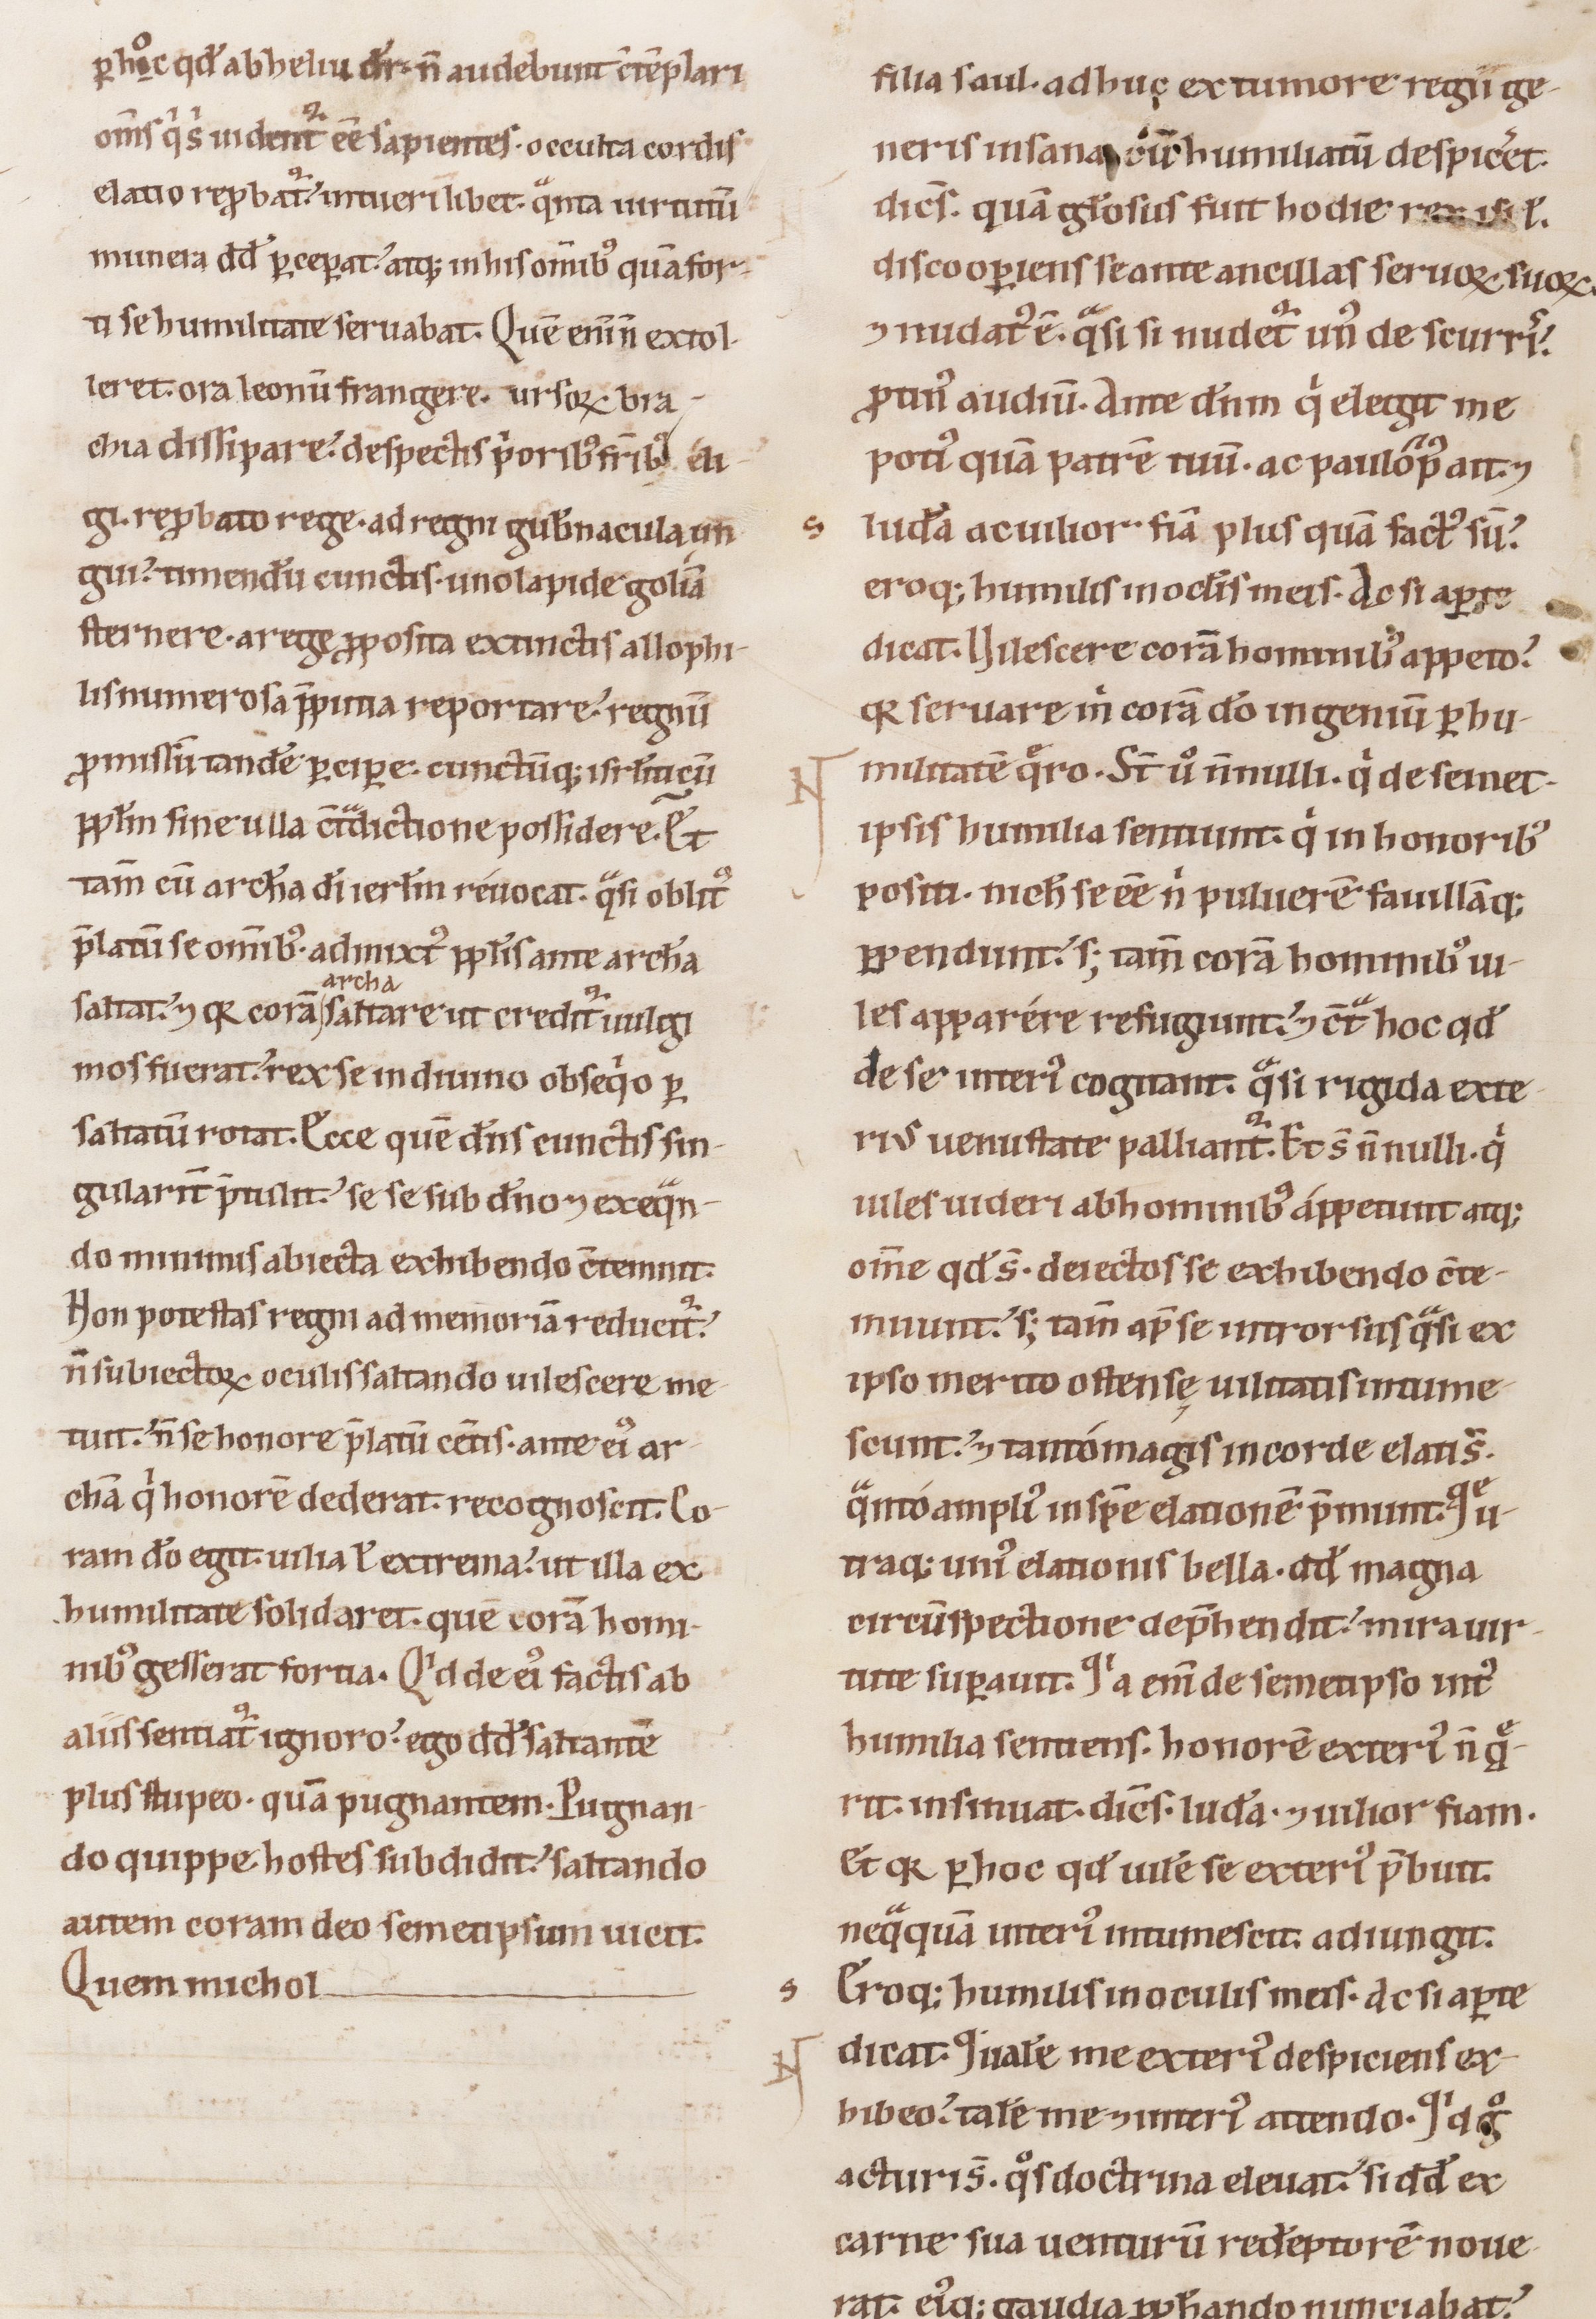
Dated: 1100–1199